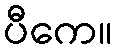
ပီကေ။